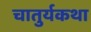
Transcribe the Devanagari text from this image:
चातुर्यकथा